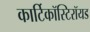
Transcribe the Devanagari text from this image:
कार्टिकॉस्टिरॉयड